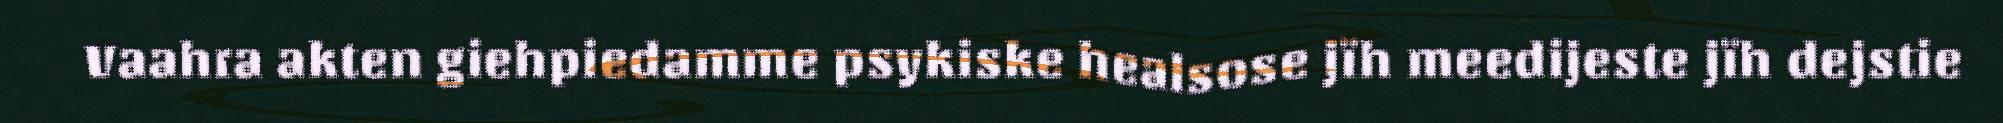
Vaahra akten giehpiedamme psykiske healsose jïh meedijeste jïh dejstie